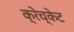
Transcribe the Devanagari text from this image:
क्रेच्केट